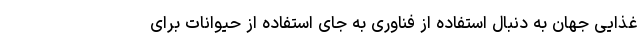
غذایی جهان به دنبال استفاده از فناوری به جای استفاده از حیوانات برای